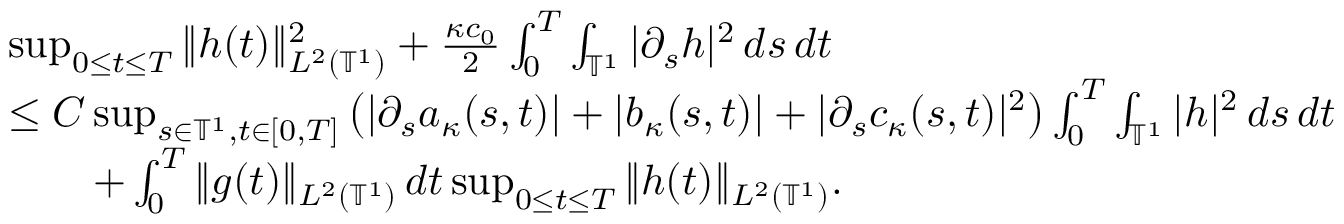
\begin{array} { r l } & { \operatorname* { s u p } _ { 0 \leq t \leq T } \| h ( t ) \| _ { L ^ { 2 } ( \ensuremath { \mathbb { T } } ^ { 1 } ) } ^ { 2 } + \frac { \kappa c _ { 0 } } { 2 } \int _ { 0 } ^ { T } \int _ { \ensuremath { \mathbb { T } } ^ { 1 } } | \partial _ { s } h | ^ { 2 } \, d s \, d t } \\ & { \leq C \operatorname* { s u p } _ { s \in \ensuremath { \mathbb { T } } ^ { 1 } , t \in [ 0 , T ] } \left( | \partial _ { s } a _ { \kappa } ( s , t ) | + | b _ { \kappa } ( s , t ) | + | \partial _ { s } c _ { \kappa } ( s , t ) | ^ { 2 } \right) \int _ { 0 } ^ { T } \int _ { \ensuremath { \mathbb { T } } ^ { 1 } } | h | ^ { 2 } \, d s \, d t } \\ & { \qquad + \int _ { 0 } ^ { T } \| g ( t ) \| _ { L ^ { 2 } ( \ensuremath { \mathbb { T } } ^ { 1 } ) } \, d t \operatorname* { s u p } _ { 0 \leq t \leq T } \| h ( t ) \| _ { L ^ { 2 } ( \ensuremath { \mathbb { T } } ^ { 1 } ) } . } \end{array}